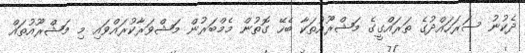
ދެކުނު ސަރަހައްދުގެ ތަރައްގީގެ މަޝްރޫއުތަކާ ބެހޭ ގޮތުން މެމްބަރުން މަޝްވަރާކުރައްވައި މި މަޝްރޫއުތައް